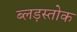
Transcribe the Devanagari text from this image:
ब्लड़स्तोक